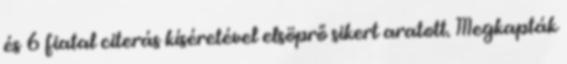
és 6 fiatal citerás kíséretével elsöprő sikert aratott. Megkapták